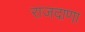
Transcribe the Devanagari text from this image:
राजदाणा